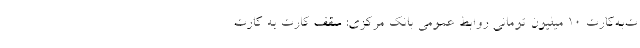
ت‌به‌کارت 10 میلیون تومانی روابط عمومی بانک مرکزی: سقف کارت به کارت